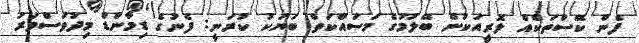
ފެން ކޭސްތަކެއް ލޮރީއަކުން ބޭލުމުގެ މަސައްކަތް ބަޔަކު ކުރަނީ: ފެނުގެ ޑިމާންޑް މިދުވަސްވަރު